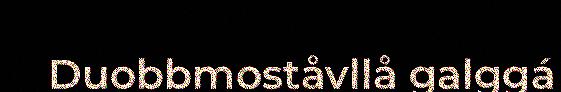
Duobbmoståvllå galggá